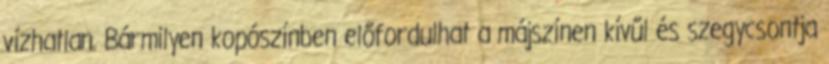
vízhatlan. Bármilyen kopószínben előfordulhat a májszínen kívűl és szegycsontja